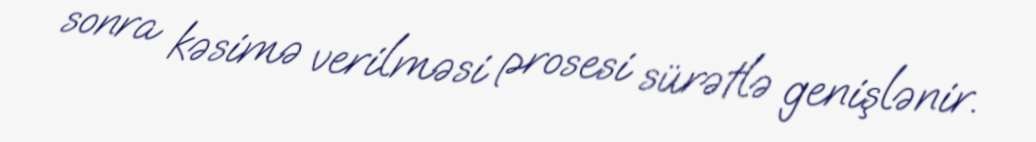
sonra kəsimə verilməsi prosesi sürətlə genişlənir.